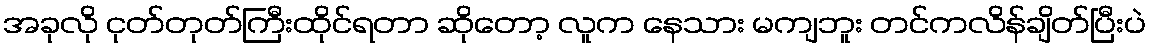
အခုလို ငုတ်တုတ်ကြီးထိုင်ရတာ ဆိုတော့ လူက နေသား မကျဘူး တင်ကလိန်ချိတ်ပြီးပဲ